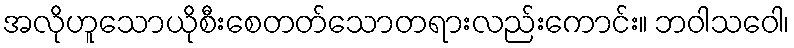
အလိုဟူသောယိုစီးစေတတ်သောတရားလည်းကောင်း။ ဘဝါသဝေါ၊